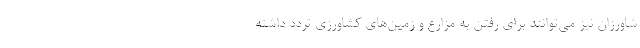
شاورزان نیز می‌توانند برای رفتن به مزارع و زمین‌های کشاورزی تردد داشته